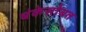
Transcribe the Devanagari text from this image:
बंकेसोबत